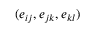
( e _ { i j } , e _ { j k } , e _ { k l } )